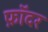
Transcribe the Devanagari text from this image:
फ़ॉदर